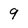
Character: 9